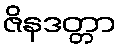
ဇိနဒတ္တာ